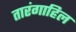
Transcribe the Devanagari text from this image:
तारंगाहिल